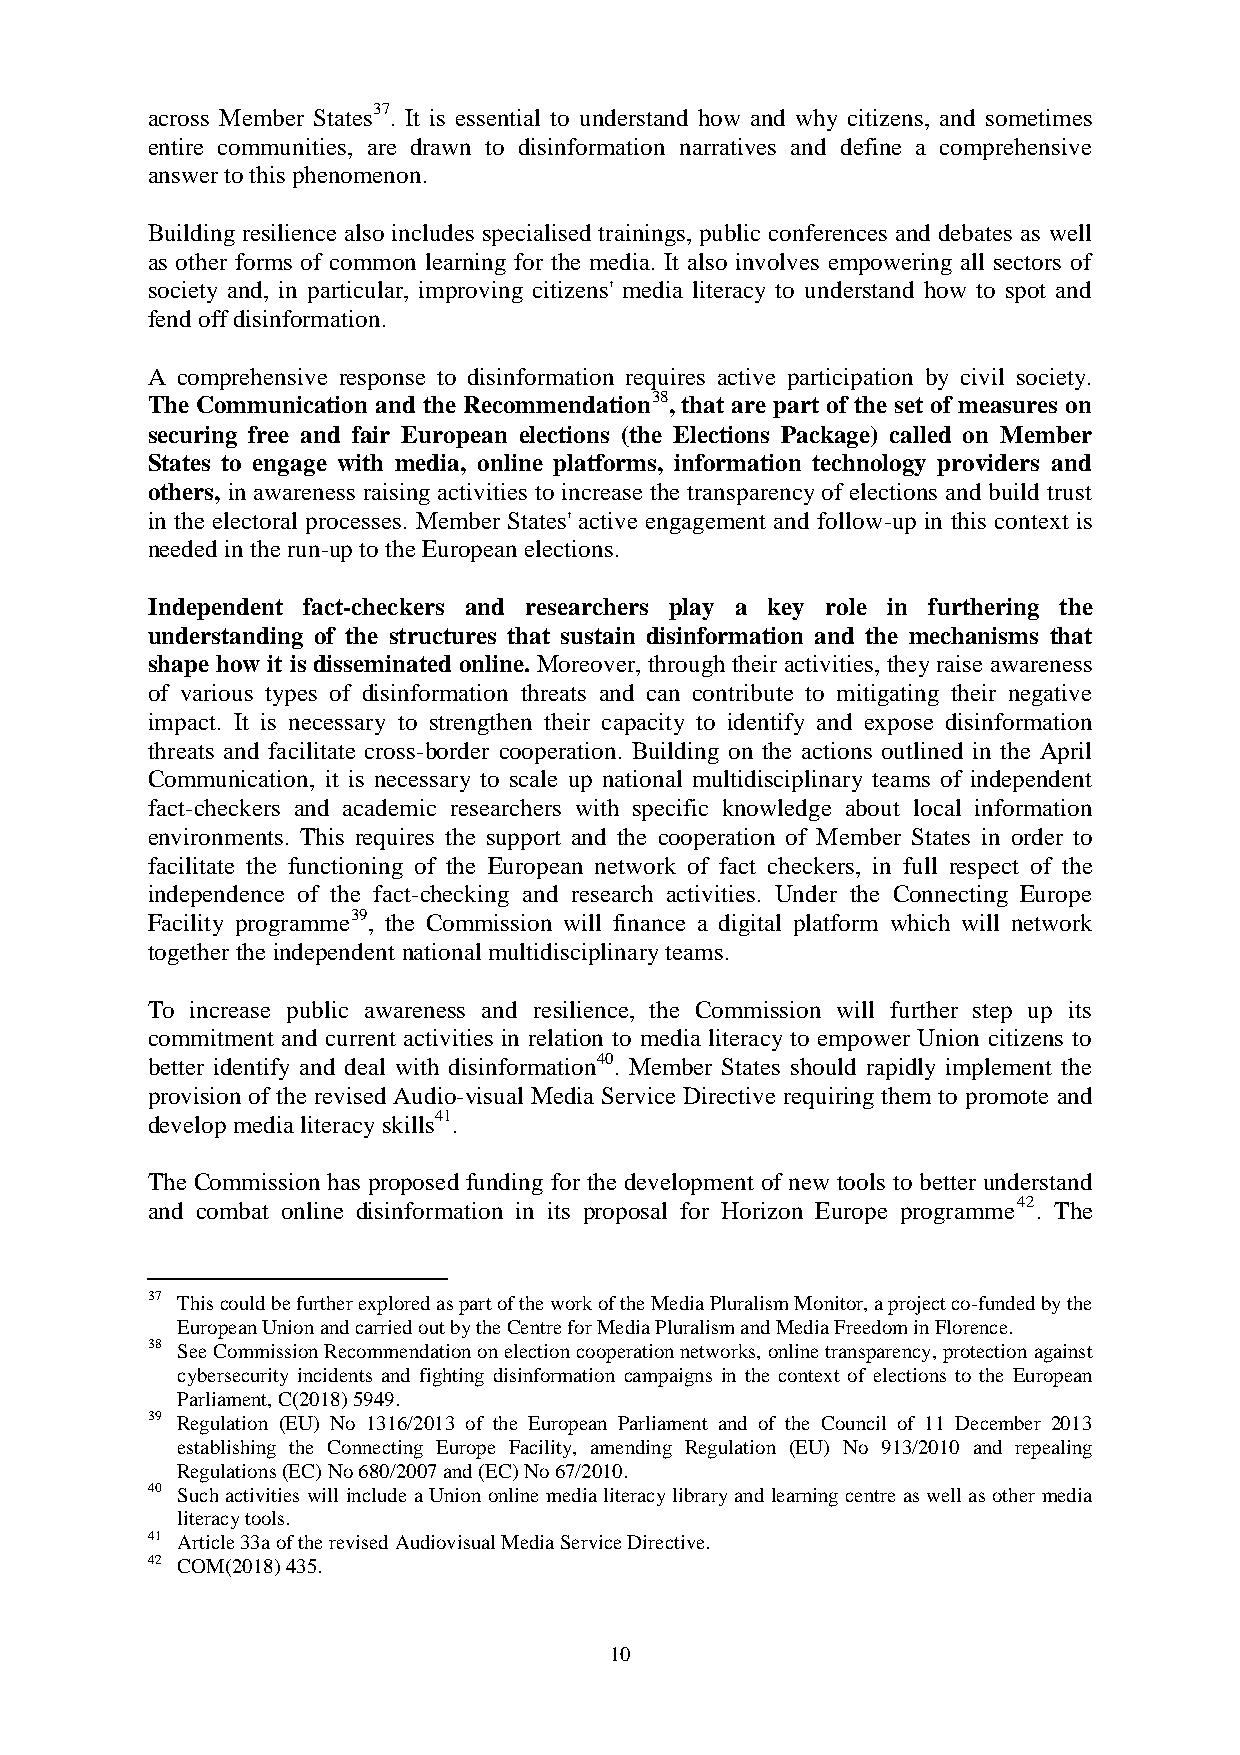
across Member States37. It is essential to understand how and why citizens, and sometimes
 entire communities, are drawn to disinformation narratives and define a comprehensive
 answer to this phenomenon.
 Building resilience also includes specialised trainings, public conferences and debates as well
 as other forms of common learning for the media. It also involves empowering all sectors of
 society and, in particular, improving citizens' media literacy to understand how to spot and
 fend off disinformation.
 A comprehensive response to disinformation requires active participation by civil society.
 The Communication and the Recommendation38, that are part of the set of measures on
 securing free and fair European elections (the Elections Package) called on Member
 States to engage with media, online platforms, information technology providers and
 others, in awareness raising activities to increase the transparency of elections and build trust
 in the electoral processes. Member States' active engagement and follow-up in this context is
 needed in the run-up to the European elections.
 Independent fact-checkers and researchers play a key role in furthering the
 understanding of the structures that sustain disinformation and the mechanisms that
 shape how it is disseminated online. Moreover, through their activities, they raise awareness
 of various types of disinformation threats and can contribute to mitigating their negative
 impact. It is necessary to strengthen their capacity to identify and expose disinformation
 threats and facilitate cross-border cooperation. Building on the actions outlined in the April
 Communication, it is necessary to scale up national multidisciplinary teams of independent
 fact-checkers and academic researchers with specific knowledge about local information
 environments. This requires the support and the cooperation of Member States in order to
 facilitate the functioning of the European network of fact checkers, in full respect of the
 independence of the fact-checking and research activities. Under the Connecting Europe
 Facility programme39, the Commission will finance a digital platform which will network
 together the independent national multidisciplinary teams.
 To increase public awareness and resilience, the Commission will further step up its
 commitment and current activities in relation to media literacy to empower Union citizens to
 better identify and deal with disinformation40. Member States should rapidly implement the
 provision of the revised Audio-visual Media Service Directive requiring them to promote and
 develop media literacy skills41.
 The Commission has proposed funding for the development of new tools to better understand
 and combat online disinformation in its proposal for Horizon Europe programme42. The
 37 This could be further explored as part of the work of the Media Pluralism Monitor, a project co-funded by the
 European Union and carried out by the Centre for Media Pluralism and Media Freedom in Florence.
 38 See Commission Recommendation on election cooperation networks, online transparency, protection against
 cybersecurity incidents and fighting disinformation campaigns in the context of elections to the European
 Parliament, C(2018) 5949.
 39 Regulation (EU) No 1316/2013 of the European Parliament and of the Council of 11 December 2013
 establishing the Connecting Europe Facility, amending Regulation (EU) No 913/2010 and repealing
 Regulations (EC) No 680/2007 and (EC) No 67/2010.
 40 Such activities will include a Union online media literacy library and learning centre as well as other media
 literacy tools.
 41 Article 33a of the revised Audiovisual Media Service Directive.
 42 COM(2018) 435.
 10